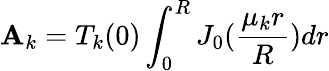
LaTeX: \mathbf{A}_{k}=T_{k}(0)\int_{0}^{R}J_{0}(\frac{{\mu_{k}r}}{{R}})dr